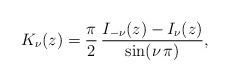
LaTeX: \begin{align*} K_\nu(z) = \frac{\pi}{2}\, \frac{I_{-\nu}(z)-I_\nu(z)}{\sin(\nu\, \pi)} , \end{align*}